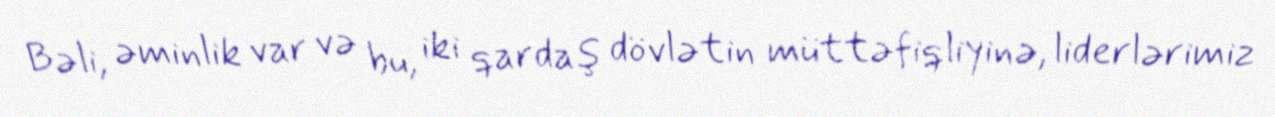
Bəli, əminlik var və bu, iki qardaş dövlətin müttəfiqliyinə, liderlərimiz